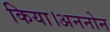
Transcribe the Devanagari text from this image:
किया।अननोन